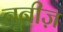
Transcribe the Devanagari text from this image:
नूनीज़